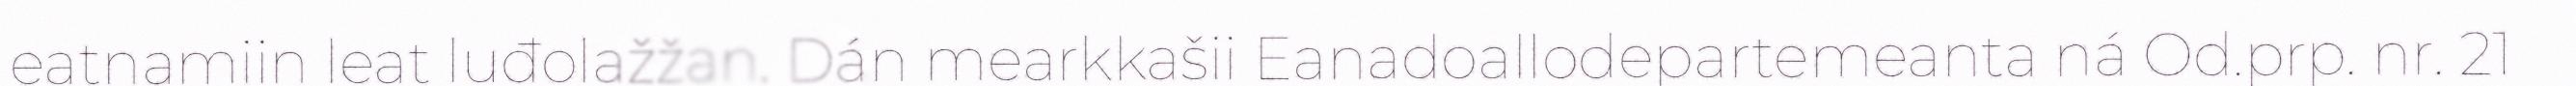
eatnamiin leat luđolažžan. Dán mearkkašii Eanadoallodepartemeanta ná Od.prp. nr. 21